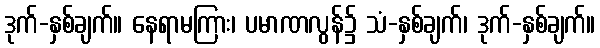
ဒုက်-နှစ်ချက်။ နေရာမကြား၊ ပမာဏလွန်၌ သံ-နှစ်ချက်၊ ဒုက်-နှစ်ချက်။